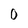
Character: 0